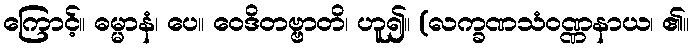
ကြောင့်။ ဓမ္မာနံ၊ ပေ။ ဝေဒိတဗ္ဗာတိ၊ ဟူ၍။ (လက္ခဏသံဝဏ္ဏနာယ၊ ၏။